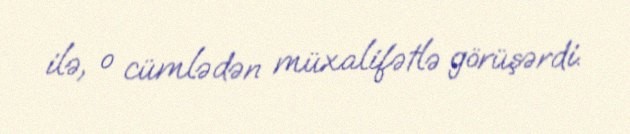
ilə, o cümlədən müxalifətlə görüşərdi.